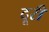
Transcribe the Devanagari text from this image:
दूरी